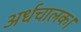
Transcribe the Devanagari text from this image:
अर्धचालक।